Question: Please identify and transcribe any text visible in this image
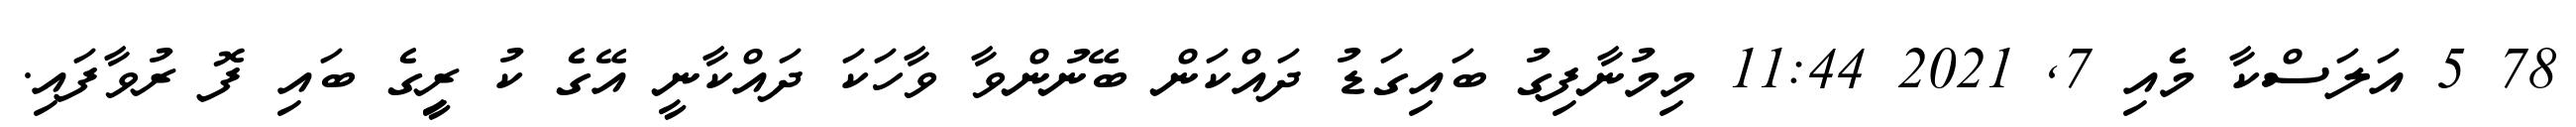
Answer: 78 5 އަލަސްކާ މެއި 7, 2021 11:44 މިމުނާފިގު ބައިގަޑު ދައްކަން ބޭނުންވާ ވާހަކަ ދައްކާނީ އޭގެ ކު ރީިގެ ބައި ފޮ ރުވާފައި.